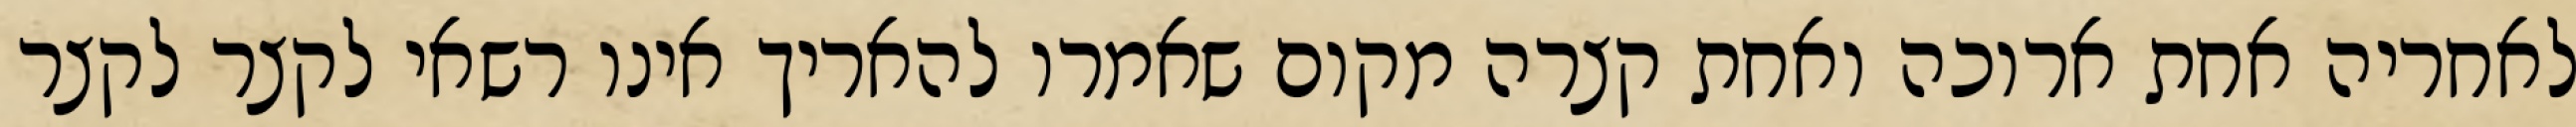
לאחריה אחת ארוכה ואחת קצרה מקום שאמרו להאריך אינו רשאי לקצר לקצר